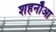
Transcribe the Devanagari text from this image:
शहनौआ